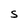
Character: S